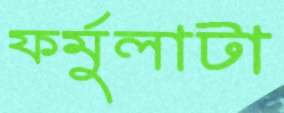
ফর্মুলাটা